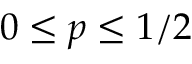
0 \leq p \leq 1 / 2